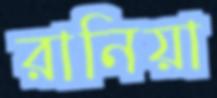
রানিয়া